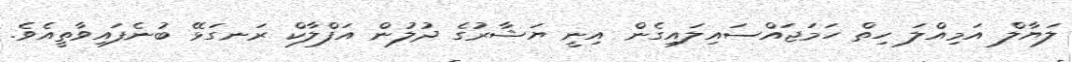
ލަޔާލް އަމިއްލަ ހިތް ހަމަޖައްސައިލައިގެން އިނީ ޔަޝާރުގެ ދުލުން އަފްލާކް ރަނގަޅޭ ބުނެފައިވާތީއެވެ.